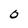
Character: O